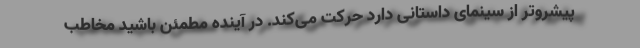
پیشروتر از سینمای داستانی دارد حرکت می‌کند. در آینده مطمئن باشید مخاطب